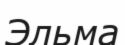
Эльма